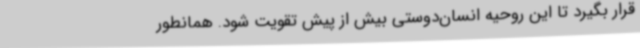
قرار بگیرد تا این روحیه انسان‌دوستی بیش از پیش تقویت شود. همانطور